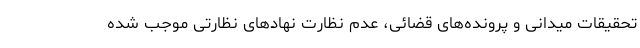
تحقیقات میدانی و پرونده‌های قضائی، عدم نظارت نهادهای نظارتی موجب شده